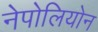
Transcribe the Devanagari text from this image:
नेपोलियोन